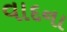
વાદના